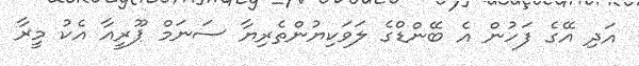
އަދި އޭގެ ފަހުން އެ ބޭންޑްގެ ލަވަކިޔުންތެރިޔާ ސަނަމް ޕޫރީއާ އެކު މީރާ